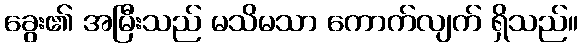
ခွေး၏ အမြီးသည် မသိမသာ ကောက်လျက် ရှိသည်။